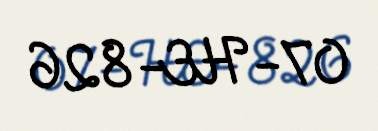
07-HE-826